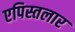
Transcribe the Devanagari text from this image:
एपिस्तलार